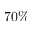
7 0 \%